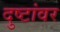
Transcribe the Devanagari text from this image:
दुष्टांवर